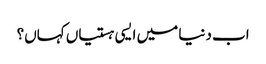
اب دنیا میں ایسی ہستیاں کہاں؟